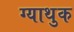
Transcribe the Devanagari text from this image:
ग्याथुक